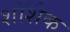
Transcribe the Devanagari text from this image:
शॉशैंक